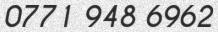
0771 948 6962